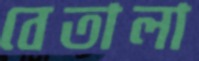
বেতালা